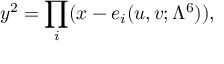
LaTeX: y ^ { 2 } = \prod _ { i } ( x - e _ { i } ( u , v ; \Lambda ^ { 6 } ) ) ,